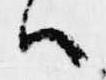
ハ